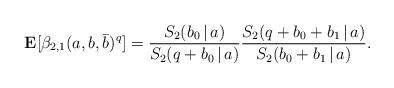
LaTeX: \begin{align*}{\bf E}[\beta_{2,1}(a, b, \bar{b})^q] = \frac{S_2(b_0\,|\,a)}{S_2(q+b_0\,|\,a)}\frac{S_2(q+b_0+b_1\,|\,a)}{S_2(b_0+b_1\,|\,a)}.\end{align*}